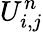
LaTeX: U_{i,j}^{n}